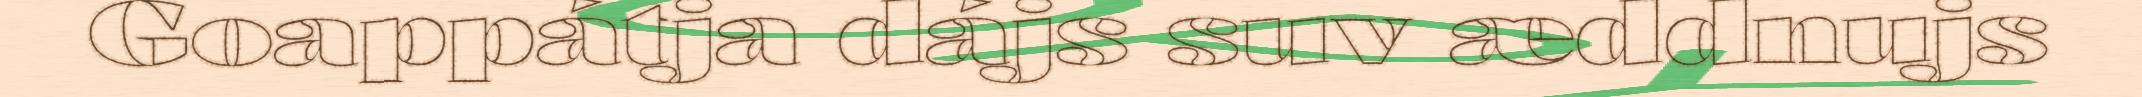
Goappátja dájs suv æddnujs